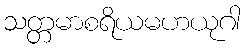
သတ္တမာစရိယမဟယုဂါ